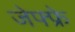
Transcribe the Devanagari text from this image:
जेफ्फ्रे